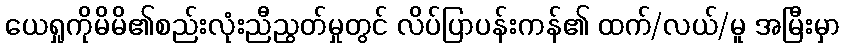
ယေရှုကိုမိမိ၏စည်းလုံးညီညွတ်မှုတွင် လိပ်ပြာပန်းကန်၏ ထက်/လယ်/မူ အမြီးမှာ